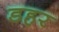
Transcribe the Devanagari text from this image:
डहर